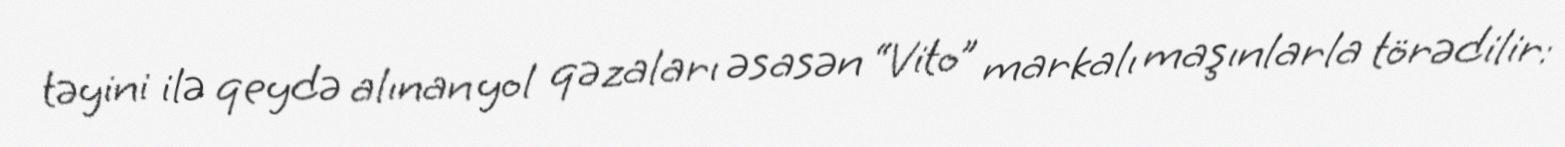
təyini ilə qeydə alınan yol qəzaları əsasən “Vito” markalı maşınlarla törədilir: